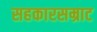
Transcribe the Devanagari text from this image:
सहकारसम्राट